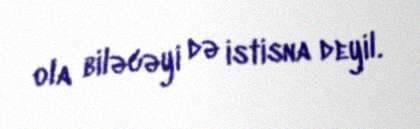
ola biləcəyi də istisna deyil.